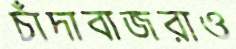
চাঁদাবাজরাও